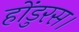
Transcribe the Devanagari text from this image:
होंडुरस।